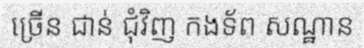
ច្រើន ជាន់ ជុំវិញ កងទ័ព សណ្ឋាន